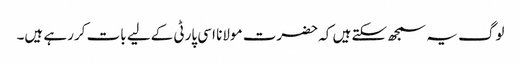
لوگ یہ سمجھ سکتے ہیں کہ حضرت مولانا اسی پارٹی کےلیے بات کررہے ہیں۔